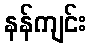
နန်ကျင်း